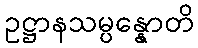
ဥဋ္ဌာနသမ္ပန္နောတိ